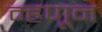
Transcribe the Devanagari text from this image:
म्हणून